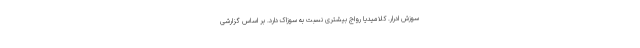
سوزش ادرار. کلامیدیا رواج بیشتری نسبت به سوزاک دارد. بر اساس گزارشی